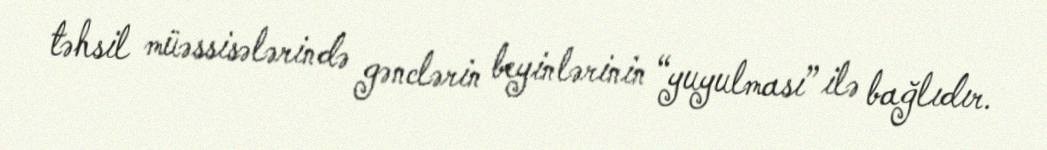
təhsil müəssisələrində gənclərin beyinlərinin “yuyulması” ilə bağlıdır.